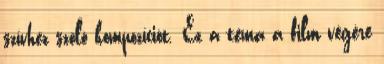
szívhez szóló kompozíciót. Ez a téma a film végére